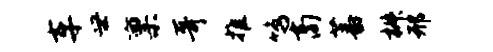
车世禀哥推鸣商蕃椒邢